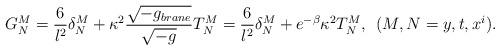
LaTeX: \begin{align*}G^M_N= \frac{6}{l^2} \delta^M_N + \kappa^2 \frac{\sqrt{-g_{brane}}}{\sqrt{-g}} T^M_N = \frac{6}{l^2} \delta^M_N + e^{-\beta} \kappa^2 T^M_N , \:\: (M,N =y,t,x^i). \end{align*}